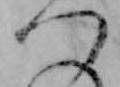
つ